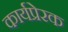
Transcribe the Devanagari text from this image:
कार्यप्रेरक